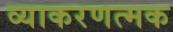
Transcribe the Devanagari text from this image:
व्याकरणत्मक